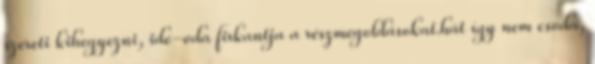
szereti kihegyezni, ide-oda firkantja a részmegoldásokat.hát így nem csoda,